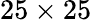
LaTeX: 25\times 25